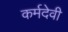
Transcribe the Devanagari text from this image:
कर्मदेवी